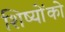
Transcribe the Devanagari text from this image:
शिष्योंको